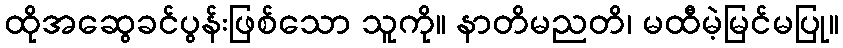
ထိုအဆွေခင်ပွန်းဖြစ်သော သူကို။ နာတိမညတိ၊ မထီမဲ့မြင်မပြု။